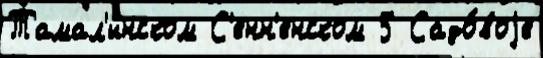
Тамал'инском С'енн'енском 5 Садо́воjе